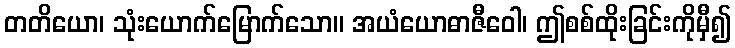
တတိယော၊ သုံးယောက်မြောက်သော။ အယံယောဓာဇီဝေါ၊ ဤစစ်ထိုးခြင်းကိုမှီ၍